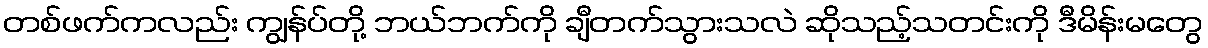
တစ်ဖက်ကလည်း ကျွန်ပ်တို့ ဘယ်ဘက်ကို ချီတက်သွားသလဲ ဆိုသည့်သတင်းကို ဒီမိန်းမတွေ